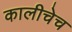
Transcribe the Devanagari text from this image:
कालीचेच